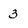
Character: 3